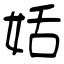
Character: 姡